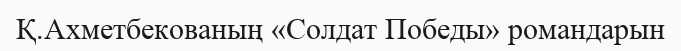
Қ.Ахметбекованың «Солдат Победы» романдарын